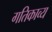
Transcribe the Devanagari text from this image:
गतिकाव्य